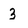
Character: 3